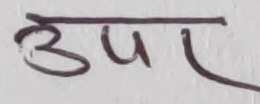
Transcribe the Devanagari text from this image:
उपर